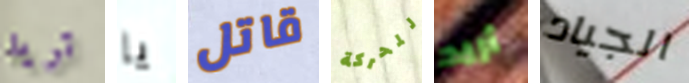
تريد يا قاتل للحركة أريد الجياد